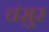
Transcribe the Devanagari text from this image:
चंसुर